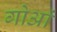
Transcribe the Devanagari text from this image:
गोआं